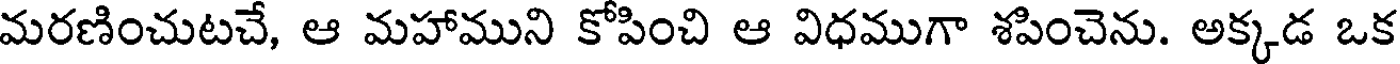
మరణించుటచే, ఆ మహాముని కోపించి ఆ విధముగా శపించెను. అక్కడ ఒక